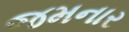
જમનાર